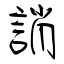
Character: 誚